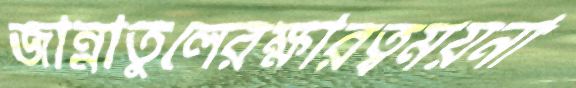
জান্নাতুলেরক্ষারত্বময়না